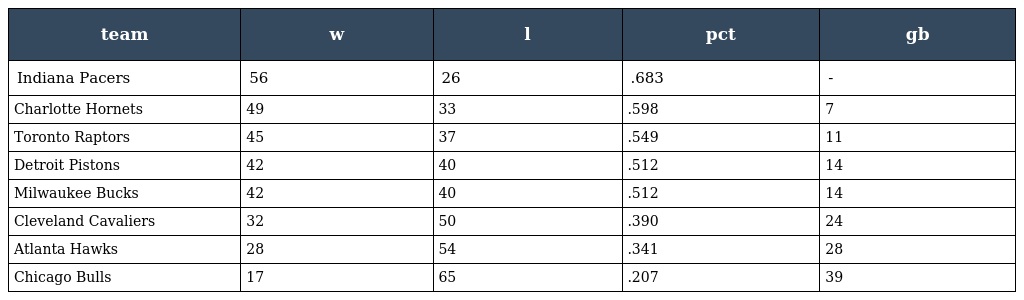
| team | w | l | pct | gb |
 | --- | --- | --- | --- | --- |
 | Indiana Pacers | 56 | 26 | .683 | - |
 | Charlotte Hornets | 49 | 33 | .598 | 7 |
 | Toronto Raptors | 45 | 37 | .549 | 11 |
 | Detroit Pistons | 42 | 40 | .512 | 14 |
 | Milwaukee Bucks | 42 | 40 | .512 | 14 |
 | Cleveland Cavaliers | 32 | 50 | .390 | 24 |
 | Atlanta Hawks | 28 | 54 | .341 | 28 |
 | Chicago Bulls | 17 | 65 | .207 | 39 |